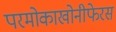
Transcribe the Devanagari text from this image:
परमोकाखोनीफेरस